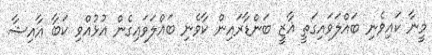
މީނާ ކައިވެނި ބައްލަވައިގަތީ ޣާޒީ ބަންޑާރައިން ކާވެނި ބައްލަވައިގެން އުޅުއްވި ކަބާ ޢާއިޝާ